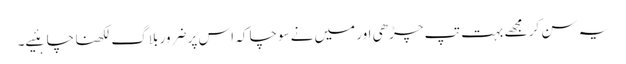
یہ سن کر مجھے بہت تپ چڑھی اور میں‌نے سوچا کہ اس پر ضرور بلاگ لکھنا چاہئیے۔